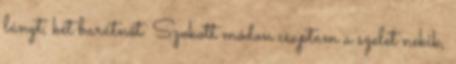
lányt, két barátnőt. Szokott módon csaptam a szelet nekik,